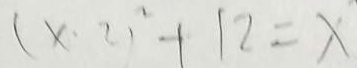
( x \cdot 2 ) ^ { 2 } + 1 2 = x